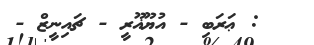
: ޢަރަބި - އުޔޫޣޫރީ - ޗައިނީޒް -